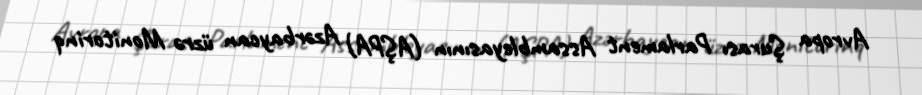
Avropa Şurası Parlament Assambleyasının (AŞPA) Azərbaycan üzrə Monitorinq